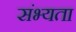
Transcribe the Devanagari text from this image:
संभ्यता